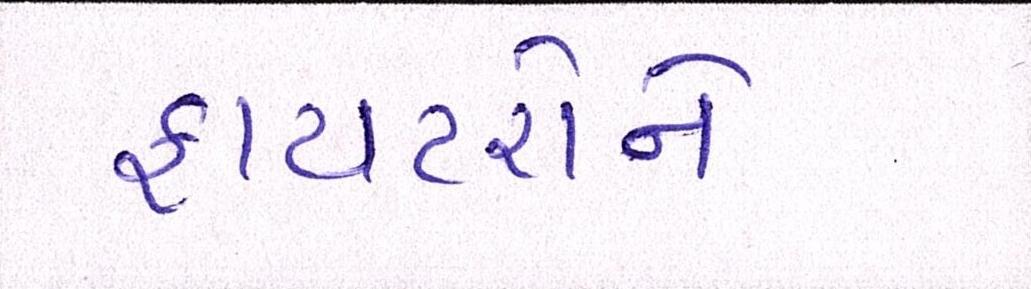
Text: ફાયટરોને